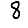
Digit: 8